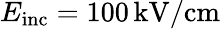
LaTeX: E_{\mathrm{inc}}=100\, \textrm{kV/cm}